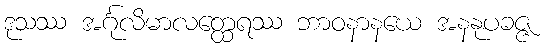
ဒုသဿ အင်္ဂုလိမာလတ္ထေရဿ ဘာဝနာနယေ အနနုပခဇ္ဇ